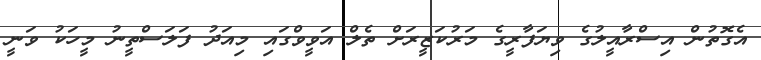
އެގޮތުން އިސްރާއީލުގެ ވިޔަފާރީގެ މަރުކަޒީރަށް ތެލް އަވީވްގައި މިއަދު ފަލަސްތީނު މީހަކު ވަނީ